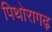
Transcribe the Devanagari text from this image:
पिथोरागढ़